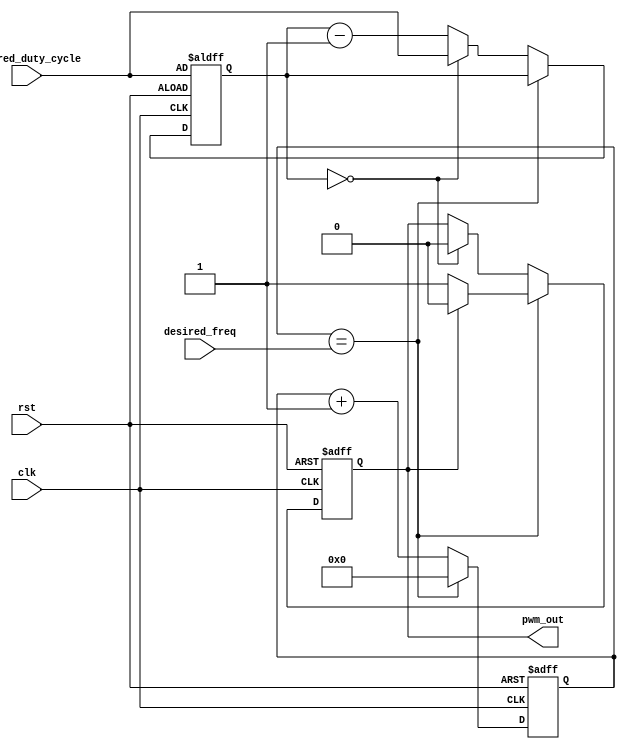
module pwm_timer (
  input wire clk,
  input wire rst,
  input wire [7:0] desired_freq,
  input wire [7:0] desired_duty_cycle,
  output reg pwm_out
);

reg [7:0] counter;
reg [7:0] duty_cycle_counter;

always @(posedge clk or posedge rst) begin
  if (rst) begin
    counter <= 8'h00;
    duty_cycle_counter <= desired_duty_cycle;
    pwm_out <= 1'b0;
  end else begin
    if (counter == desired_freq) begin
      counter <= 8'h00;
      pwm_out <= pwm_out ? 1'b0 : 1'b1;
    end else begin
      counter <= counter + 1;
      if (duty_cycle_counter == 8'h00) begin
        duty_cycle_counter <= desired_duty_cycle;
        pwm_out <= 1'b0;
      end else begin
        duty_cycle_counter <= duty_cycle_counter - 1;
      end
    end
  end
end

endmodule